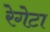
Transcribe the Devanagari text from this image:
रेगेटा